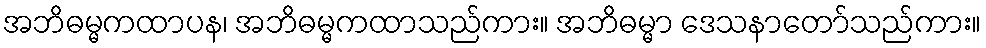
အဘိဓမ္မကထာပန၊ အဘိဓမ္မကထာသည်ကား။ အဘိဓမ္မာ ဒေသနာတော်သည်ကား။